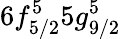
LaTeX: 6f_{5/2}^{5}5g_{9/2}^{5}